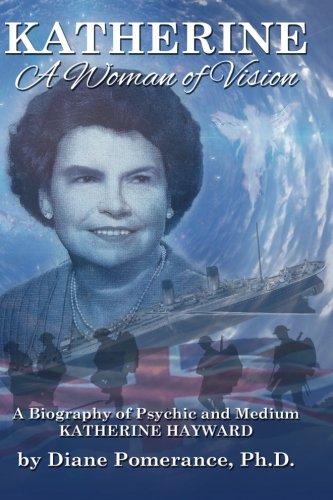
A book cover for Katherine: A Woman of Vision; Diane Pomerance; Religion & Spirituality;